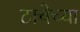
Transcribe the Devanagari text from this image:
टाचेच्या